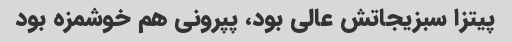
پیتزا سبزیجاتش عالی بود، پپرونی هم خوشمزه بود